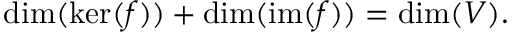
\dim ( \ker ( f ) ) + \dim ( \operatorname { i m } ( f ) ) = \dim ( V ) .